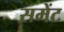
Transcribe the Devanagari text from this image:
समेंट